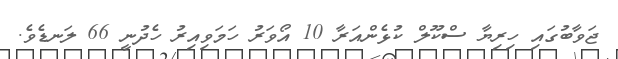
ޖަވާބުގައި ހިރިޔާ ސްކޫލް ކުޅެންއަރާ 10 އޯވަރު ހަމަވިއިރު ހެދުނީ 66 ލަނޑެވެ.